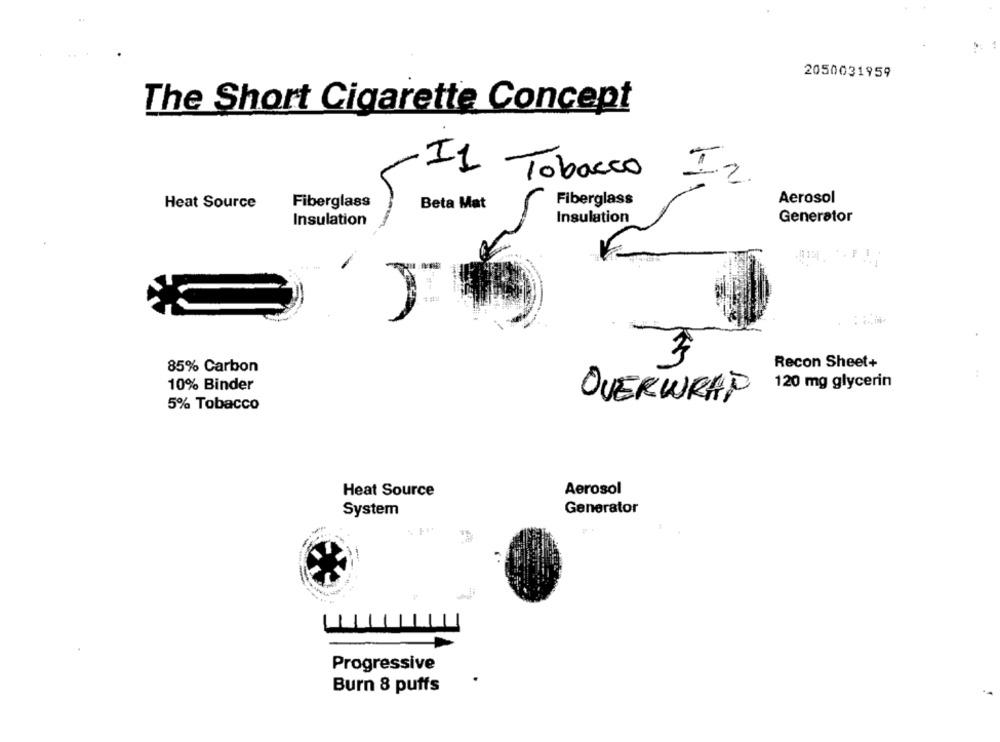
2050031959
The Short Cigarette Concept
I1
Tobacco
Fiberglass
Aerosol
Heat Source
Fiberglass
Beta Mat
Insulation
Insulation
Generator
3
Recon Sheet+
85% Carbon
10% Binder
120 mg glycerin
OVERWRAP
5% Tobacco
Heat Source
Aerosol
System
Generator
Progressive
Burn 8 puffs